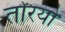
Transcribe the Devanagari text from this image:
तोरयो